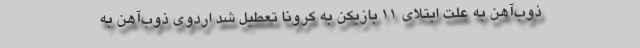
ذوب‌آهن به علت ابتلای ۱۱ بازیکن به کرونا تعطیل شد اردوی ذوب‌آهن به